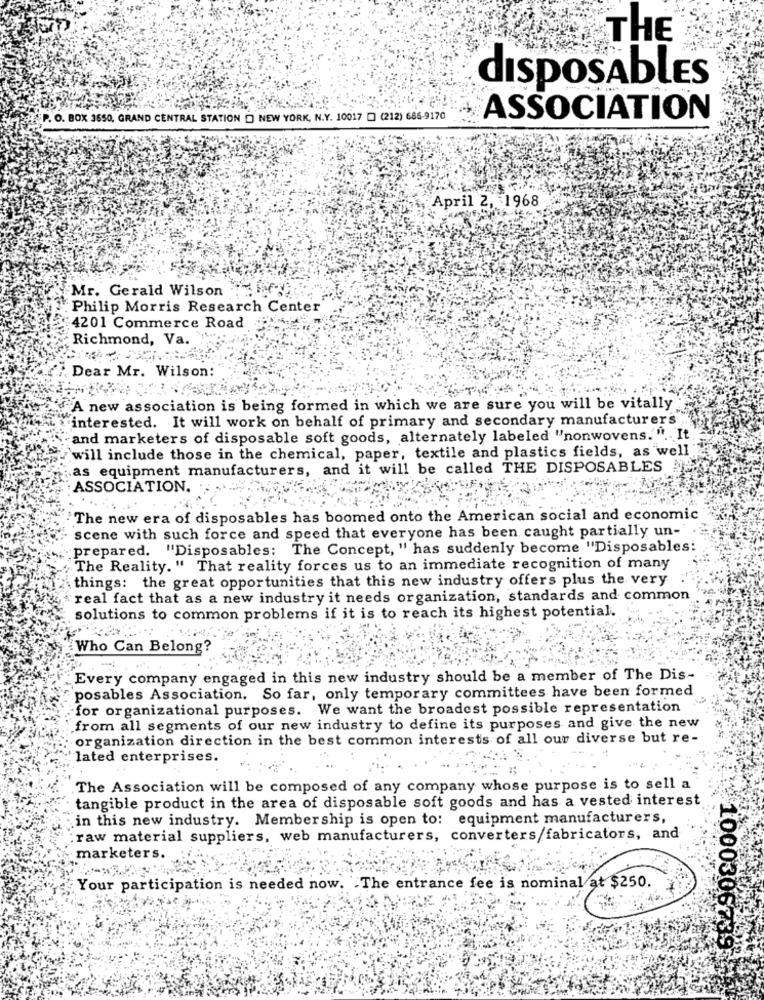
THE
disposAbles
P. O. BOX 3650, GRAND CENTRAL STATION [ NEW YORK, N.Y. 10017 [] (212) 686-9170
ASSOCIATION
April 2, 1968
Mr. Gerald Wilson
Philip Morris Research Center
4201 Commerce Road
Richmond, Va.
Dear Mr. Wilson:
A new association is being formed in which we are sure you will be vitally
interested. It will work on behalf of primary and secondary manufacturer's
and marketers of disposable soft goods, alternately labeled "nonwovens.'" .. It
will include those in the chemical, paper, textile and plastics fields, as well
as equipment manufacturers, and it will be called THE DISPOSABLES
ASSOCIATION.
The new era of disposables has boomed onto the American social and economic
scene with such force and speed that everyone has been caught partially un-
prepared. "Disposables: The Concept, " has suddenly become "Disposables:
The Reality." That reality forces us to an immediate recognition of many
things: the great opportunities that this new industry offers plus the very
real fact that as a new industry it needs organization, standards and common
solutions to common problems if it is to reach its highest potential.
Who Can Belong?
Every company engaged in this new industry should be a member of The Dis-
posables Association. So far, only temporary committees have been formed
"for organizational purposes. We want the broadest possible representation
from all segments of our new industry to define its purposes and give the new
organization direction in the best common interests of all our diverse but re-
lated enterprises.
The Association will be composed of any company whose purpose is to sell a
tangible product in the area of disposable soft goods and has a vested interest
in this new industry. Membership is open to: equipment manufacturer's,
raw material suppliers, web manufacturers, converters/fabricators, and
marketers.
Your participation is needed now. The entrance fee is nominal at $250.
10003067